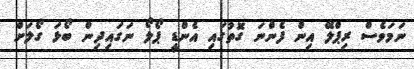
ނަމަވެސް ރިޕްލޭ އިން ފެންނަ ގޮތުގައި އެންޑީ ޕޯލޯ ނަގައިދިން ބޯޅަ ގޯލަށް